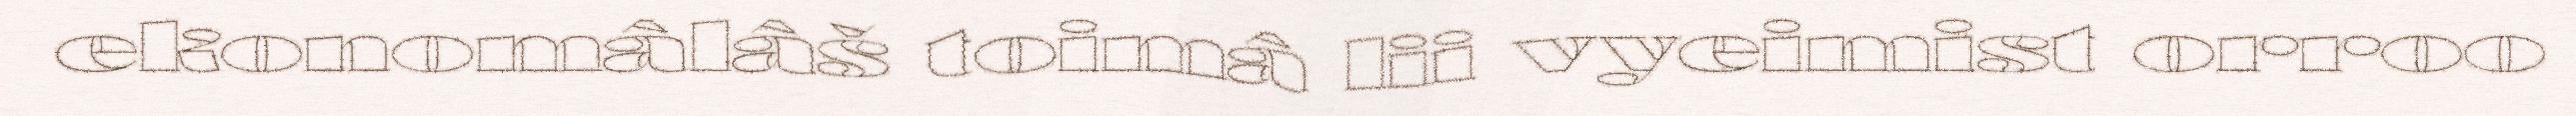
ekonomâlâš toimâ lii vyeimist orroo